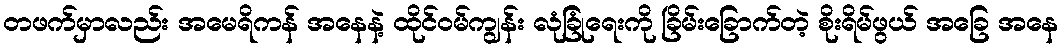
တဖက်မှာလည်း အမေရိကန် အနေနဲ့ ထိုင်ဝမ်ကျွန်း လုံခြုံရေးကို ခြိမ်းခြောက်တဲ့ စိုးရိမ်ဖွယ် အခြေ အနေ